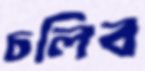
চলিব